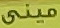
ميني